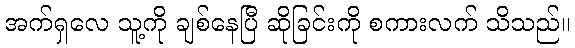
အက်ရှလေ သူ့ကို ချစ်နေပြီ ဆိုခြင်းကို စကားလက် သိသည်။